Vaccination in Bombay 1869-1873 - 1869-1873
Year: 1869
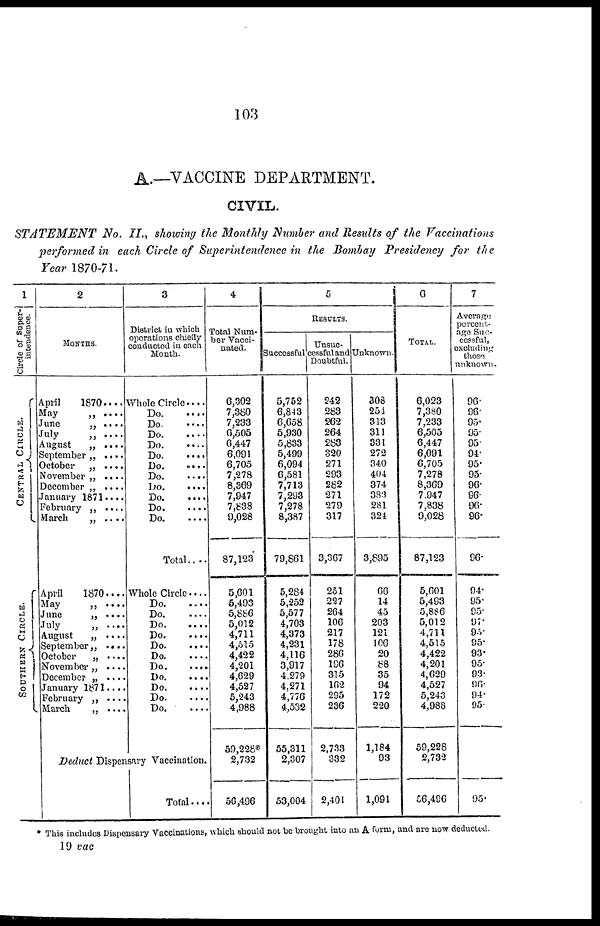
103
A.—VACCINE DEPARTMENT.
CIVIL.
STATEMENT
No. II., showing the Monthly Number and Results of the Vaccinations
performed in each Circle of Superintendence in the Bombay Presidency for the
Year 1870-71.
1
Circle of Super-
intendence.
CENTRAL CIRCLE.
SOUTHERN CIRCLE.
2
MONTHS.
April
1870....
May
„
....
June
„ ....
July
„
....
August
„ ....
September „ ....
October
„ ....
November „ ....
December „ ....
January 1871....
February „ ....
March
„
....
April
1870....
May
„
....
June
„ ....
July
„ ....
August
„
....
September „
....
October
„ ....
November „
....
December „ ....
January 1871....
February „
....
March
„ ....
3
District in which
operations chiefly
conducted in each
Month.
Whole Circle..
Do....
Do....
Do
Do.....
Do
Do.....
Do.....
Do.....
Do
Do
Do
Total....
Whole Circle
Do
Do....
Do
Do
Do
Do
Do
Do
Do
Do
Do.
....
Deduct Dispensary Vaccination.
Total....
4
Total Num.
ber Vacci-
nated.
6,302
7,380
7,233
6,505
6,447
6,091
6,705
7,278
8,369
7,947
7,838
9,028
87,123
5,601
5,493
5,886
5,012
4,711
4,515
4,422
4,201
4,629
4,527
5,243
4,988
59,228*
2,732
56,496
5
RESULTS.
Successful
5,752
6,843
6,658
5,930
5,833
5,499
6,094
6,581
7,713
7,293
7,278
8,387
79,861
5,284
5,252
5,577
4,703
4,373
4,231
4,116
3,917
4,279
4,271
4,776
4,532
55,311
2,307
53,004
Unsuc¬
cessful and
Doubtful.
242
283
262
264
283
320
271
293
282
271
279
317
3,367
251
227
264
106
217
178
286
196
315
162
295
236
2,733
332
2,401
Unknown.
308
254
313
311
331
272
340
404
374
383
281
324
3,895
66
14
45
203
121
106
20
88
35
94
172
220
1,184
93
1,091
6
TOTAL.
6,023
7,380
7,233
6,505
6,447
6,091
6,705
7,278
8,369
7,947
7,838
9,028
87,123
5,601
5,493
5,886
5,012
4,711
4,515
4,422
4,201
4,629
4,527
5,243
4,988
59,228
2,732
56,496
7
Average
percent-
age Suc-
cessful,
excluding
those
unknown.
96.
96.
95.
95.
95.
94.
95.
95.
96.
96.
96.
96.
96.
94.
95.
95.
97.
95.
95.
93.
95.
93.
96.
94.
95.
95.
* This includes Dispensary Vaccinations, which should not be brought into an A form, and are now deducted.
19 vac